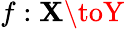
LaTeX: f:\mathbf{X}\toY